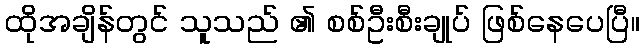
ထိုအချိန်တွင် သူသည် ၏ စစ်ဦးစီးချုပ် ဖြစ်နေပေပြီ။